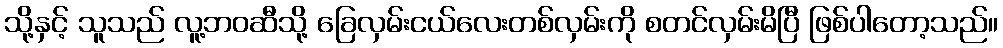
သို့နှင့် သူသည် လူ့ဘဝဆီသို့ ခြေလှမ်းငယ်လေးတစ်လှမ်းကို စတင်လှမ်းမိပြီ ဖြစ်ပါတော့သည်။